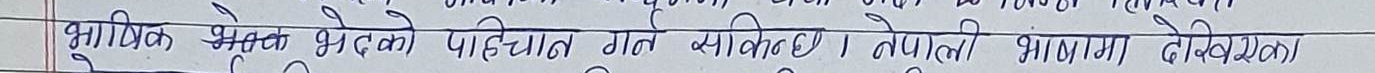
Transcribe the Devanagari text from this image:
भागिक क्षेत्रहरुको पहिचान गर्न सकिन्छ । नेपाली भाषामा देखिन्छ ।